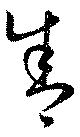
舎